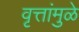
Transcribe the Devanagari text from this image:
वृत्तांमुळे